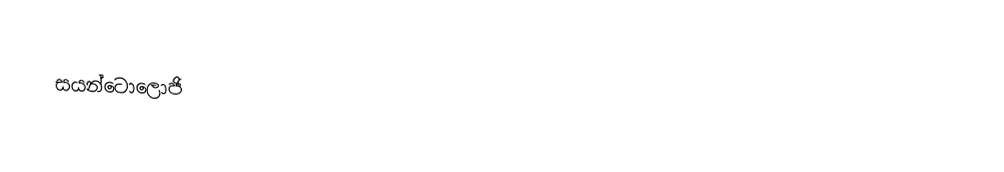
සයන්ටොලොජි